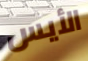
الأيس